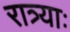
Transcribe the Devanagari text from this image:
रात्र्याः